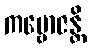
ကမ္ဗောဇန္တိ